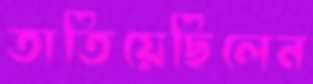
তাতিয়েছিলেন